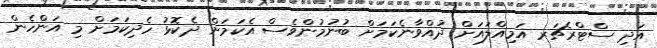
އަދި ސްޓްރެޗަރ އަމިއްލައަށް ދުއްވާނެކަމަށް ބުނުމުންވެސް އެކަމަށް ދެކޮޅު ހެދިކަމަށް މި އަންހެން